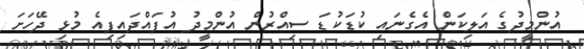
އުންމީދުގެ އަލިކަން އެގެނައި ކުޑަކުޑަ ސިއްރުން އުންމީދު އުފައްދައިފިއެ މުޅި ދޭހަށަ